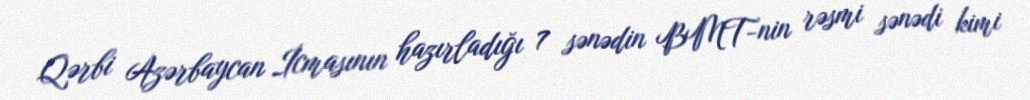
Qərbi Azərbaycan İcmasının hazırladığı 7 sənədin BMT-nin rəsmi sənədi kimi